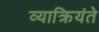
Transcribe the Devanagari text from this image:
व्याक्रियंते